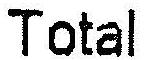
TOTAL